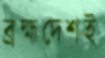
ব্রহ্মদেশই